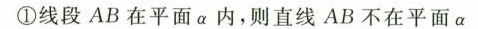
1①线段AB平面a，则直线AB在平面a